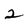
Character: 2